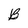
Character: B